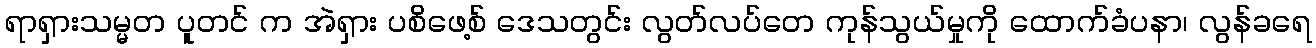
ရာရှားသမ္မတ ပူတင် က အဲရှား ပစိဖေ့စ် ဒေသတွင်း လွတ်လပ်တေ ကုန်သွယ်မှုကို ထောက်ခံပနာ၊ လွန်ခရေ